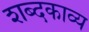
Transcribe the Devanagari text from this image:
शब्दकाव्य